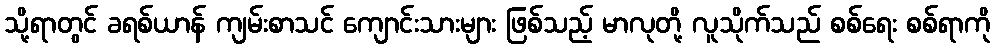
သို့ရာတွင် ခရစ်ယာန် ကျမ်းစာသင် ကျောင်းသားများ ဖြစ်သည့် မာလုတို့ လူသိုက်သည် စစ်ရေး စစ်ရာကို